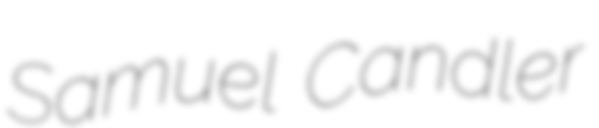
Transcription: Samuel Candler